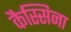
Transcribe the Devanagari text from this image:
कैस्सिना